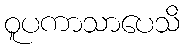
ဝူပကာသာပေသိ